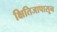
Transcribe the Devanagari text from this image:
क्षितिजापासून